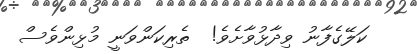
ކަލޭގެފާނު ވިދާޅުވާށެވެ!  ތެރިކަންވަނީ މުޅިންވެސް